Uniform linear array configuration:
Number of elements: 64
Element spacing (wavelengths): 0.25
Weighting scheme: binomial
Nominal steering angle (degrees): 15
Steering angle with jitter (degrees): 14.079
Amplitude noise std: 0.05
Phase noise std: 0.05

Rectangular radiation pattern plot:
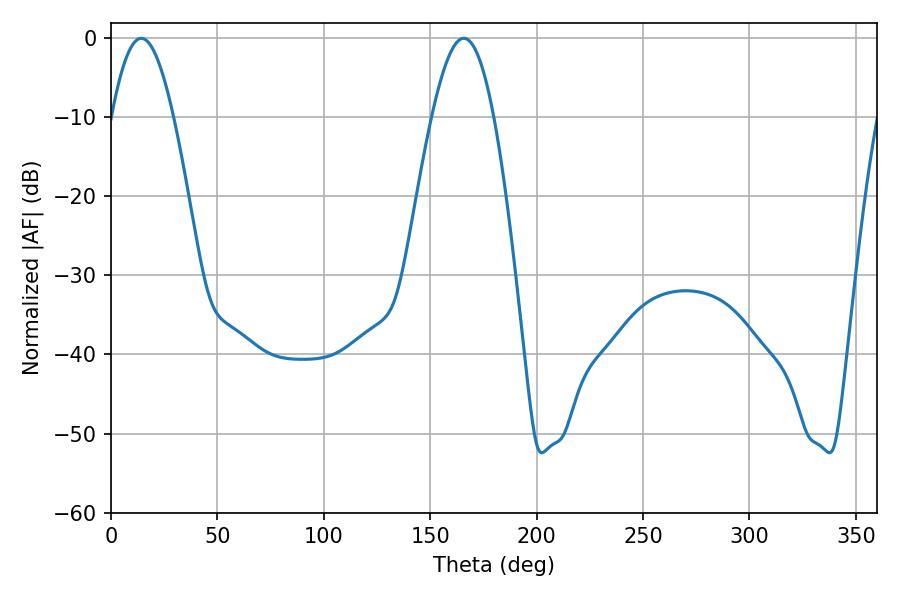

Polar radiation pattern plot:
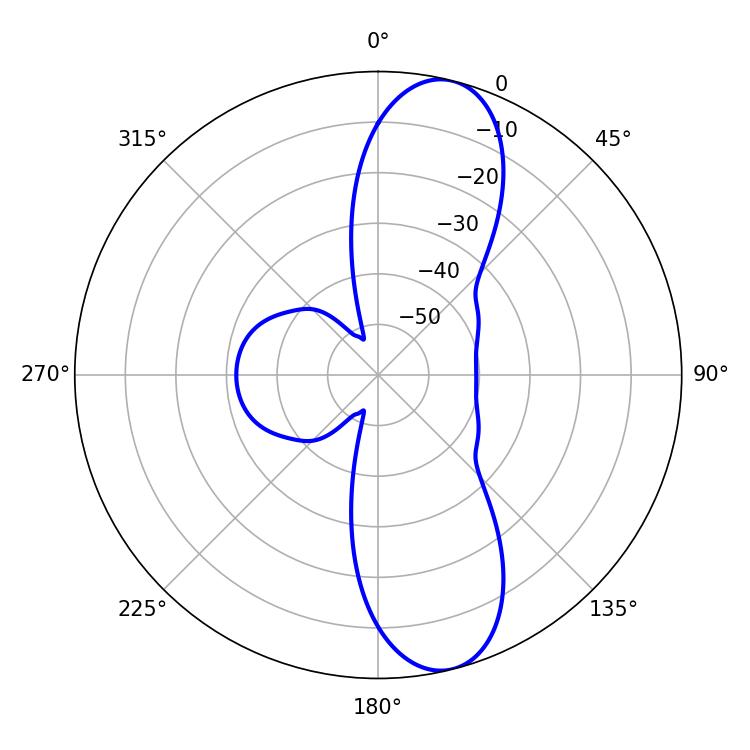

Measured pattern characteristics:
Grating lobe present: FALSE
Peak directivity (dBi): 11.292
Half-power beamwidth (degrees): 15.84
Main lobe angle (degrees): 14.22